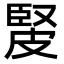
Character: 𤿳